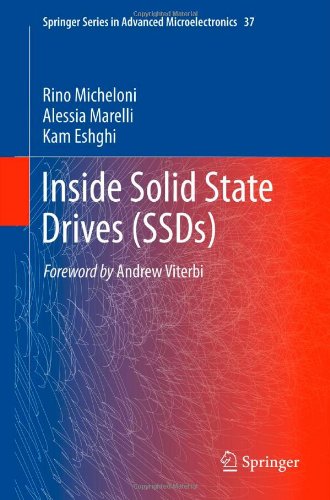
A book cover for Inside Solid State Drives (SSDs) (Springer Series in Advanced Microelectronics); Rino Micheloni; Science & Math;